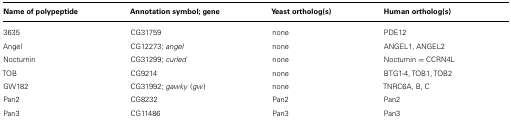
<table><thead><tr><td><b>Name of polypeptide</b></td><td><b>Annotation symbol; gene</b></td><td><b>Yeast ortholog(s)</b></td><td><b>Human ortholog(s)</b></td></tr></thead><tbody><tr><td>3635</td><td>CG31759</td><td>none</td><td>PDE12</td></tr><tr><td>Angel</td><td>CG12273; <i>angel</i></td><td>none</td><td>ANGEL1, ANGEL2</td></tr><tr><td>Nocturnin</td><td>CG31299; <i>curled</i></td><td>none</td><td>Nocturnin = CCRN4L</td></tr><tr><td>TOB</td><td>CG9214</td><td>none</td><td>BTG1-4, TOB1, TOB2</td></tr><tr><td>GW182</td><td>CG31992;<i> gawky</i> (<i>gw</i>)</td><td>none</td><td>TNRC6A, B, C</td></tr><tr><td>Pan2</td><td>CG8232</td><td>Pan2</td><td>Pan2</td></tr><tr><td>Pan3</td><td>CG11486</td><td>Pan3</td><td>Pan3</td></tr></tbody></table>